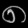
Digit: ၈